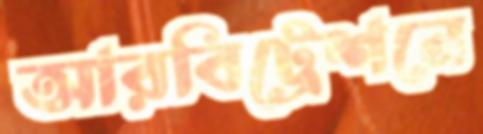
আরবিট্রেশনে